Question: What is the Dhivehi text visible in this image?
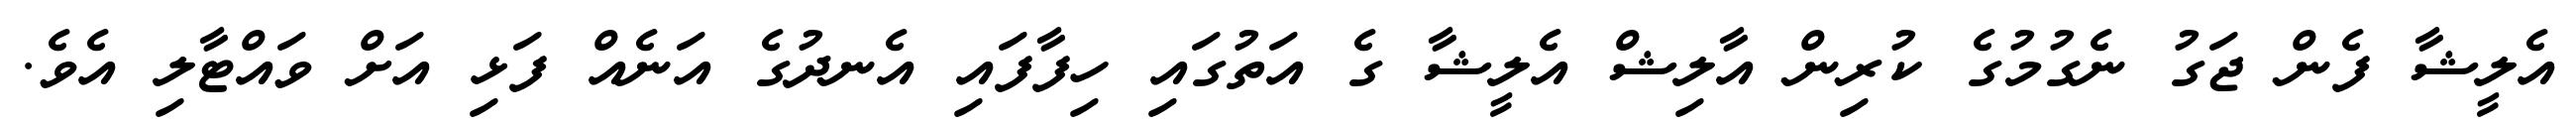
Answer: އެލީޝާ ފެން ޖަގު ނެގުމުގެ ކުރިން އާލިޝް އެލީޝާ ގެ އަތުގައި ހިފާފައި އެނދުގެ އަނެއް ފަޅި އަށް ވައްޓާލި އެވެ.